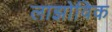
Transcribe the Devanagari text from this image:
लाझोविक